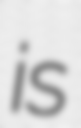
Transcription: is